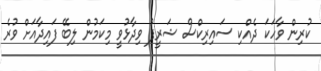
ކުރިން ވާހަކަ ދެއްކި ސައިިރިކްސް ޝަރީފު ވިދާޅުވީ މިކަމުން ލިބޭ ފައިދާއަށް ވުރެ